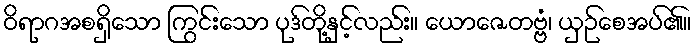
ဝိရာဂအစရှိသော ကြွင်းသော ပုဒ်တို့နှင့်လည်း။ ယောဇေတဗ္ဗံ၊ ယှဉ်စေအပ်၏။